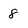
Character: 8